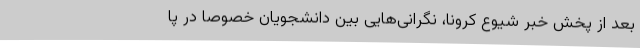
بعد از پخش خبر شیوع کرونا، نگرانی‌هایی بین دانشجویان خصوصاً در پا